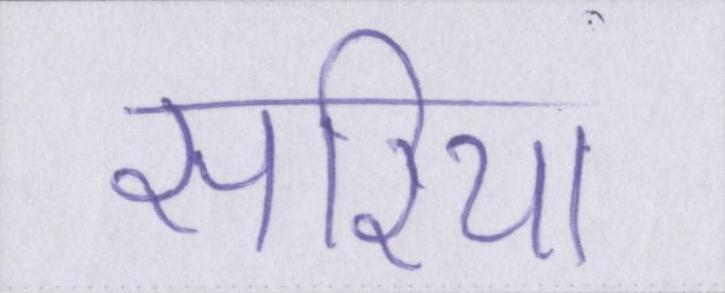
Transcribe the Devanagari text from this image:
सरिया